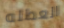
العطله